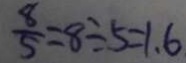
\frac { 8 } { 5 } = 8 \div 5 = 1 . 6